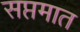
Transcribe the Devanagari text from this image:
सप्तमात